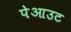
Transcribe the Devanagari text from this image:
पेआउट